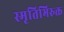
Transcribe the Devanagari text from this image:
स्मृतिभिरुक्त